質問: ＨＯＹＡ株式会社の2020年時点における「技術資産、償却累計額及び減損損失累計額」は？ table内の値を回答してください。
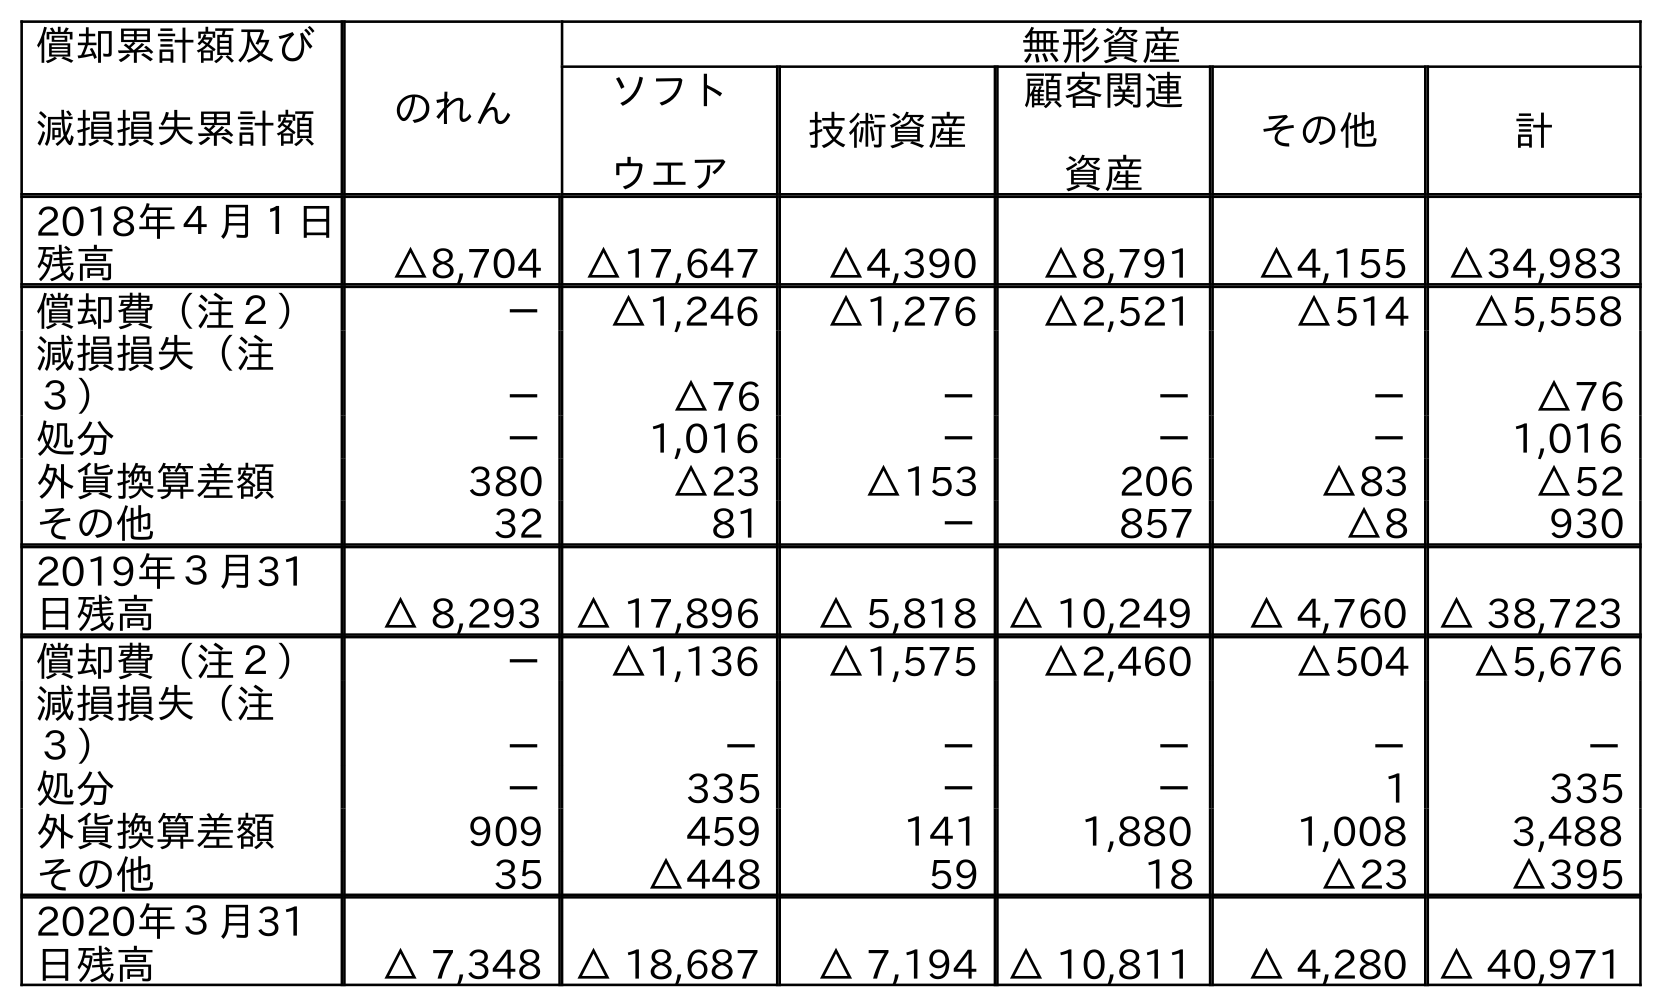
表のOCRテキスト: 償却累計額及び 減損損失累計額 のれん 無形資産 ソフト ウエア 技術資産 顧客関連 資産 その他 計 2018年４月１日 残高 △8,704 △17,647 △4,390 △8,791 △4,155 △34,983 償却費（注２） － △1,246 △1,276 △2,521 △514 △5,558 減損損失（注 ３） － △76 － － － △76 処分 － 1,016 － － － 1,016 外貨換算差額 380 △23 △153 206 △83 △52 その他 32 81 － 857 △8 930 2019年３月31 日残高 △ 8,293 △ 17,896 △ 5,818 △ 10,249 △ 4,760 △ 38,723 償却費（注２） － △1,136 △1,575 △2,460 △504 △5,676 減損損失（注 ３） － － － － － － 処分 － 335 － － 1 335 外貨換算差額 909 459 141 1,880 1,008 3,488 その他 35 △448 59 18 △23 △395 2020年３月31 日残高 △ 7,348 △ 18,687 △ 7,194 △ 10,811 △ 4,280 △ 40,971
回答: △7,194